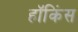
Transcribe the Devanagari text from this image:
हॉकिंस